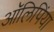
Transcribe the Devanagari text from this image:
आॅलिपिंया